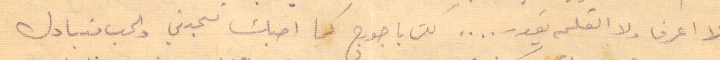
لا اعرف ولا القلم يقدر... لكن يا جورج كما احبك تحبني والحب متبادل